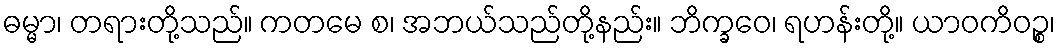
ဓမ္မာ၊ တရားတို့သည်။ ကတမေ စ၊ အဘယ်သည်တို့နည်း။ ဘိက္ခဝေ၊ ရဟန်းတို့။ ယာဝကိဝဉ္စ၊